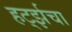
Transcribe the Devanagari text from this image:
हर्ट्झचा